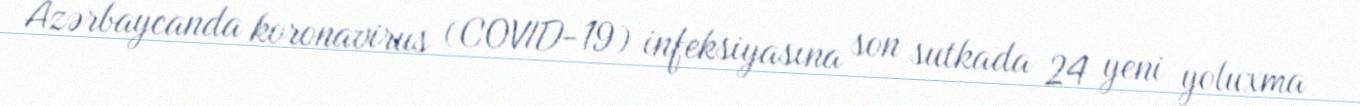
Azərbaycanda koronavirus (COVID-19) infeksiyasına son sutkada 24 yeni yoluxma